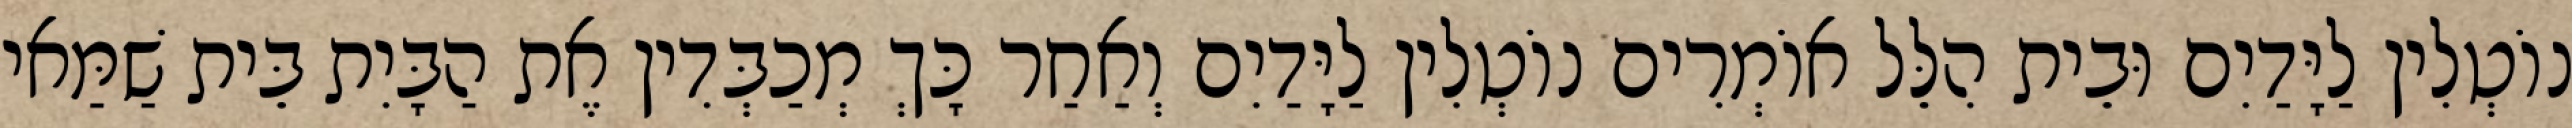
נוֹטְלִין לַיָּדַיִם וּבֵית הִלֵּל אוֹמְרִים נוֹטְלִין לַיָּדַיִם וְאַחַר כָּךְ מְכַבְּדִין אֶת הַבָּיִת בֵּית שַׁמַּאי